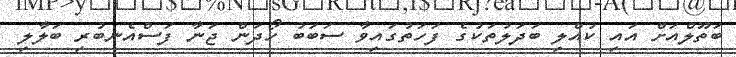
ބަތޫލްއަށް އައި ކުއްލި ބަދަލުތަކުގެ ފަހަތުގައިވާ ސަބަބު ހޯދަން ޖަނާ ފަސްއެނބުރި ބަލާލި